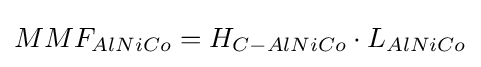
MMF_{AlNiCo}=H_{C-AlNiCo}\cdot L_{AlNiCo}